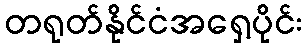
တရုတ်နိုင်ငံအရှေ့ပိုင်း